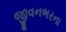
જીવનભરના